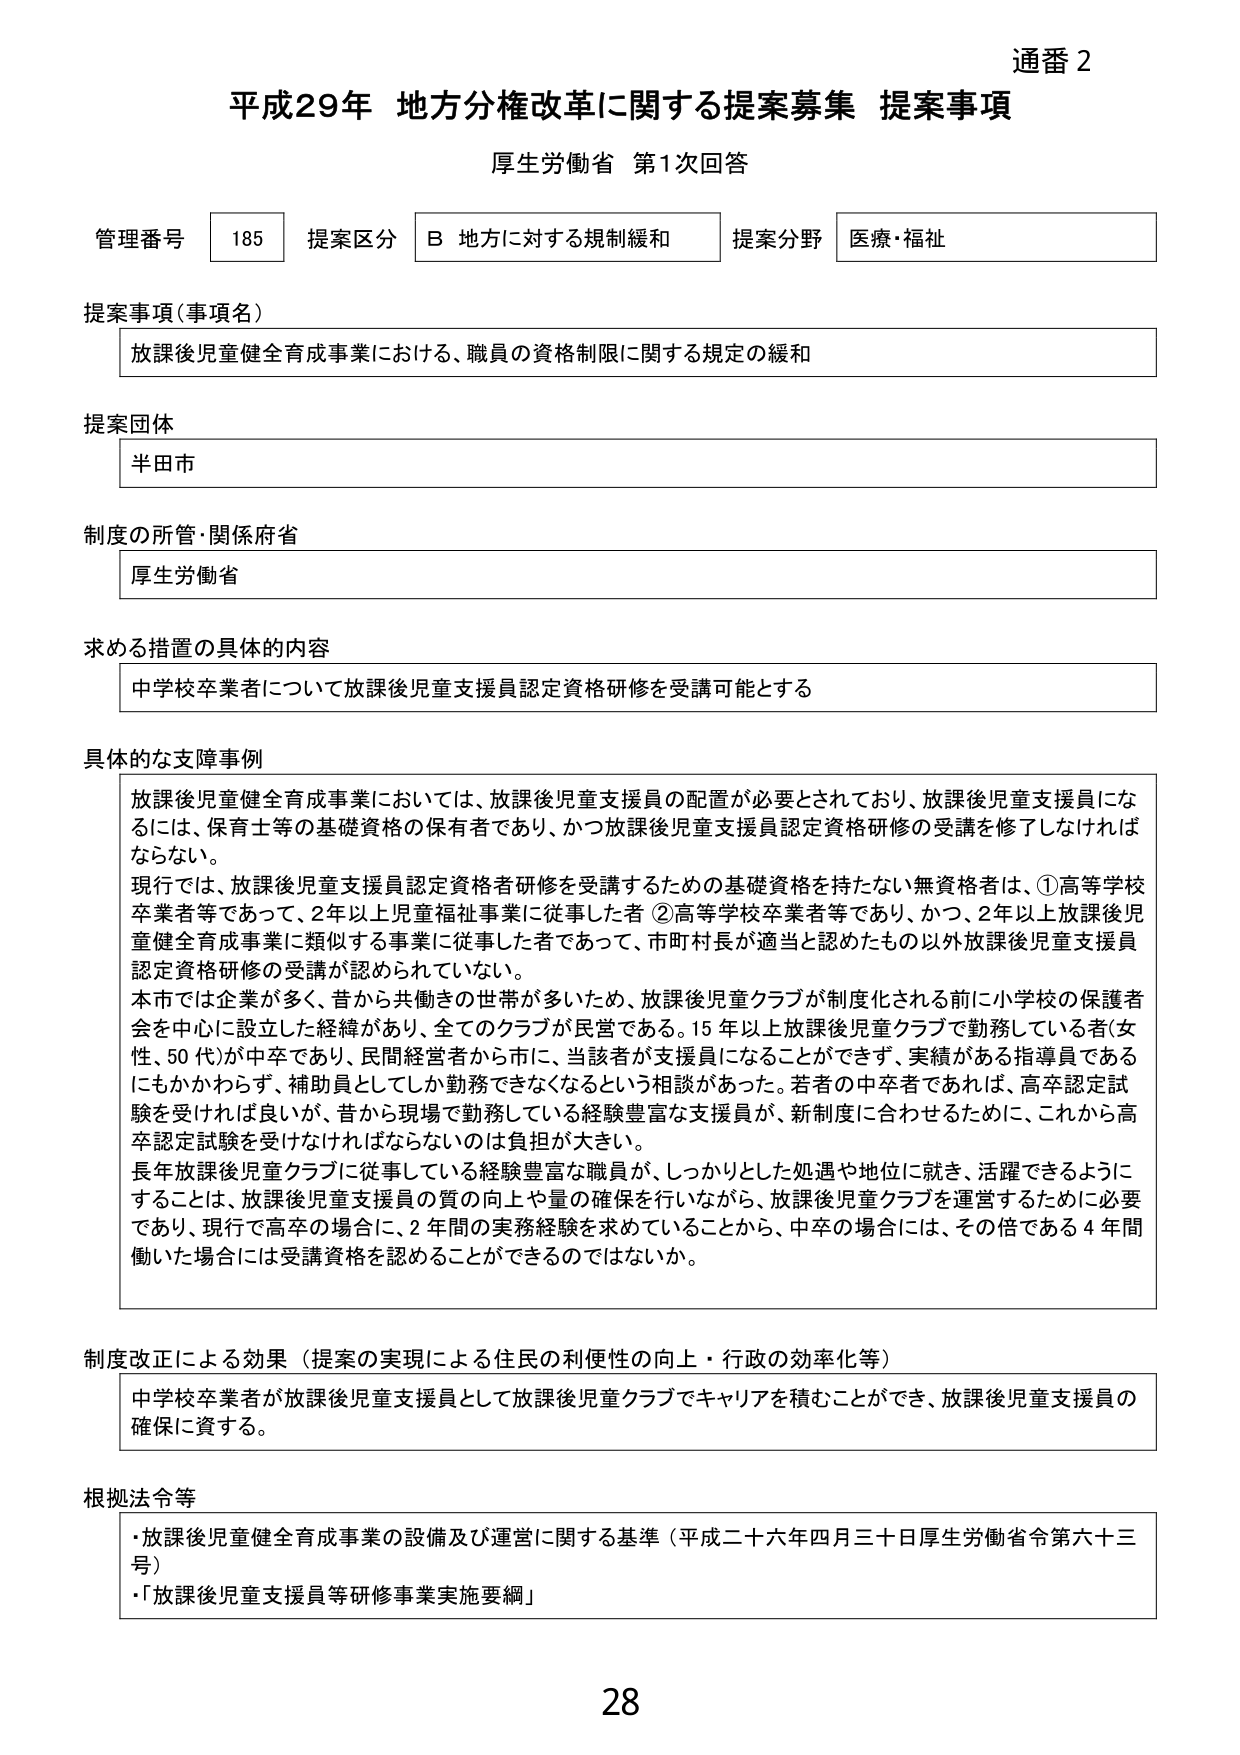
通番 2
平成29年 地方分権改革に関する提案募集 提案事項
厚生労働省 第1次回答

管理番号 185 提案区分 B 地方に対する規制緩和 提案分野 医療・福祉

提案事項（事項名）
放課後児童健全育成事業における、職員の資格制限に関する規定の緩和

提案団体
半田市

制度の所管・関係府省
厚生労働省

求める措置の具体的内容
中学校卒業者について放課後児童支援員認定資格研修を受講可能とする

具体的な支障事例
放課後児童健全育成事業においては、放課後児童支援員の配置が必要とされており、放課後児童支援員になるには、保育士等の基礎資格の保有者であり、かつ放課後児童支援員認定資格研修の受講を修了しなければならない。
現行では、放課後児童支援員認定資格者研修を受講するための基礎資格を持たない無資格者は、①高等学校卒業者等であって、2年以上児童福祉事業に従事した者 ②高等学校卒業者等であり、かつ、2年以上放課後児童健全育成事業に類似する事業に従事した者であって、市町村長が適当と認めたもの以外放課後児童支援員認定資格研修の受講が認められていない。
本市では企業が多く、昔から共働きの世帯が多いため、放課後児童クラブが制度化される前に小学校の保護者会を中心に設立した経緯があり、全てのクラブが民営である。15年以上放課後児童クラブで勤務している者（女性、50代）が中卒であり、民間経営者から市に、当該者が支援員になることができず、実績がある指導員であるにもかかわらず、補助員としてしか勤務できなくなるという相談があった。若者の中卒者であれば、高卒認定試験を受けければ良いが、昔から現場で勤務している経験豊富な支援員が、新制度に合わせるために、これから高卒認定試験を受けなければならないのは負担が大きい。
長年放課後児童クラブに従事している経験豊富な職員が、しっかりとした処遇や地位に就き、活躍できるようにすることは、放課後児童支援員の質の向上や量の確保を行いながら、放課後児童クラブを運営するために必要であり、現行で高卒の場合に、2年間の実務経験を求めていることから、中卒の場合には、その倍である4年間働いた場合には受講資格を認めることができるのではないか。

制度改正による効果（提案の実現による住民の利便性の向上・行政の効率化等）
中学校卒業者が放課後児童支援員として放課後児童クラブでキャリアを積むことができ、放課後児童支援員の確保に資する。

根拠法令等
・放課後児童健全育成事業の設備及び運営に関する基準（平成二十六年四月三十日厚生労働省令第六十三号）
・「放課後児童支援員等研修事業実施要綱」

28